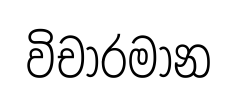
විචාරමාන